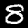
Label: 8